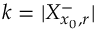
k = | X _ { x _ { 0 } , r } ^ { - } |